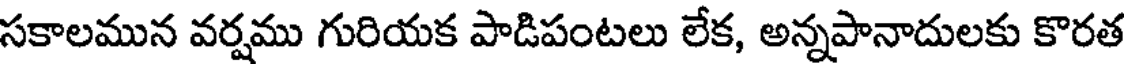
సకాలమున వర్షము గురియక పాడిపంటలు లేక, అన్నపానాదులకు కొరత